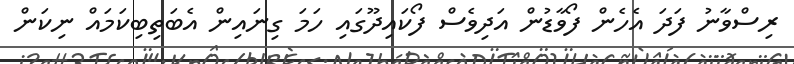
ރިސްވާނު ފަދަ އެހެން ފޯވާޑުން އަދިވެސް ފޯކައިދޫގައި ހަމަ ގިނައިން އެބަތިބިކަމައް ނިކަން